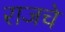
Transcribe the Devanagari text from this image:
राजचे